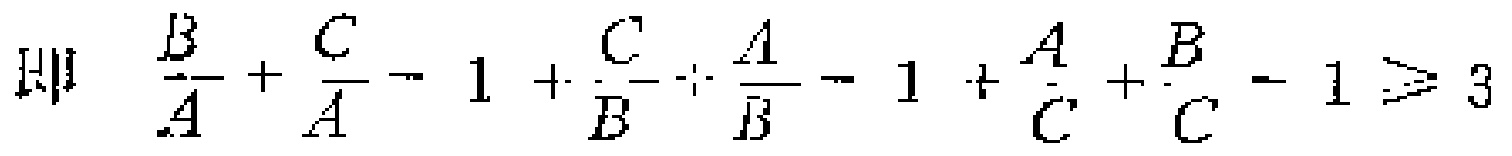
即 \(\frac{B}{A}+\frac{C}{A}-1+\frac{C}{B}+\frac{A}{B}-1+\frac{A}{C}+\frac{B}{C}-1\geq3\)